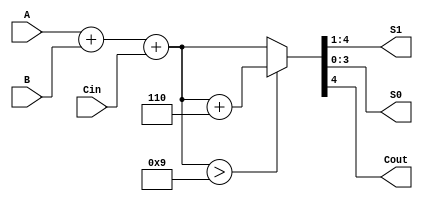
module BCD_Redundant_Binary_Adder (
    input  [3:0] A,      // BCD Input A
    input  [3:0] B,      // BCD Input B
    input  Cin,          // Carry-in
    output reg [3:0] S1, // Higher BCD digit output
    output reg [3:0] S0, // Lower BCD digit output
    output reg Cout      // Carry-out
);

    reg [4:0] sum;          // Intermediate sum (5 bits to accommodate overflow)
    reg [3:0] correction;   // Correction factor

    always @(*) begin
        // Stage 1: Binary Addition
        sum = A + B + Cin;

        // Stage 2: BCD Correction
        // Check if the sum exceeds valid BCD range (greater than 9)
        if (sum > 9) begin
            correction = 4'b0110; // BCD correction factor (6 in binary)
            sum = sum + correction; // Apply correction
        end else begin
            correction = 4'b0000; // No correction needed
        end

        // Stage 3: Assign outputs
        S0 = sum[3:0];        // Lower 4 bits represent the lower digit of the result
        S1 = sum[4:1];        // Higher digit represented by shifted bits (Cout will be derived)

        // Determine Cout based on the final sum
        Cout = sum[4]; // Carry out if the fifth bit is set
    end

endmodule